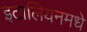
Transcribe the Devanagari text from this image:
इटालियनमधे